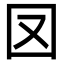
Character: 㘝